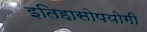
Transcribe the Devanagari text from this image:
इतिहासोपयोगी